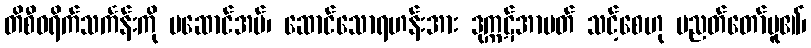
တိစီဝရိက်သင်္ကန်းကို မဆောင်အပ်၊ ဆောင်သောရဟန်းအား ဒုက္ကဋ်အာပတ် သင့်စေဟု ပညတ်တော်မူ၏၊